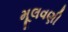
મૂલવણી